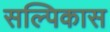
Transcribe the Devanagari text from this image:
सल्पिकास